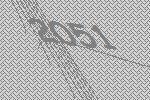
2051